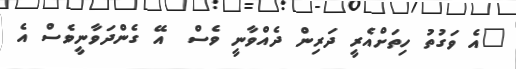
"އެ ވަގުތު ހިތަށްއެރީ ދަރިން ދެއްވާނީ ވެސް  އޭ ގެންދަވާނީވެސް އެ